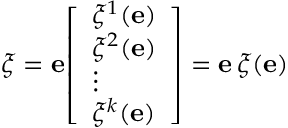
\xi = { \mathbf { e } } { \left[ \begin{array} { l } { \xi ^ { 1 } ( \mathbf { e } ) } \\ { \xi ^ { 2 } ( \mathbf { e } ) } \\ { \vdots } \\ { \xi ^ { k } ( \mathbf { e } ) } \end{array} \right] } = { \mathbf { e } } \, \xi ( \mathbf { e } )